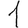
Digit: 1